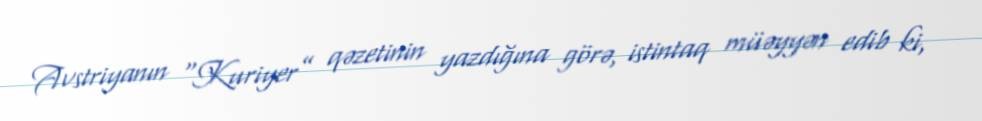
Avstriyanın “Kuriyer” qəzetinin yazdığına görə, istintaq müəyyən edib ki,